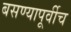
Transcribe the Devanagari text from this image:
बसण्यापूर्वीच